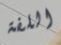
اللفة